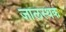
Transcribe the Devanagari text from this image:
जालस्थक